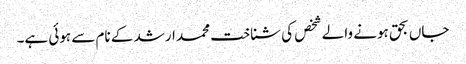
جاں بحق ہونے والے شخص کی شناخت محمد ارشد کے نام سے ہوئی ہے۔